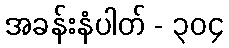
အခန်းနံပါတ် - ၃၀၄